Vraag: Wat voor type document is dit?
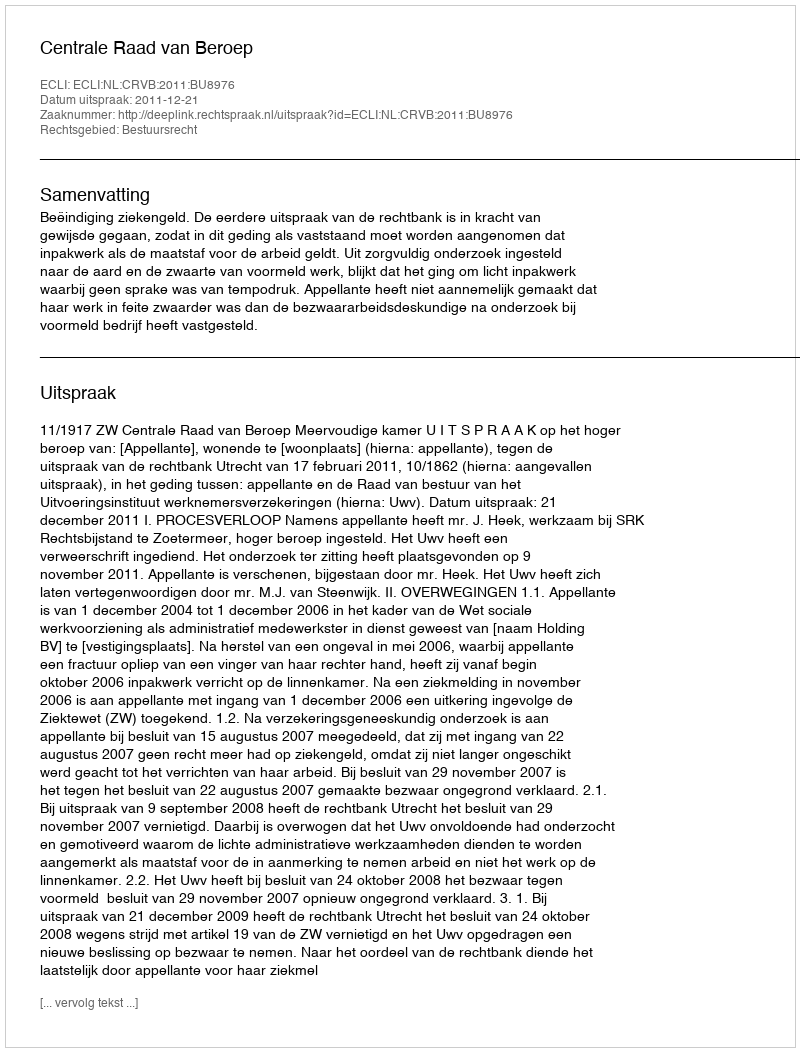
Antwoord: Uitspraak